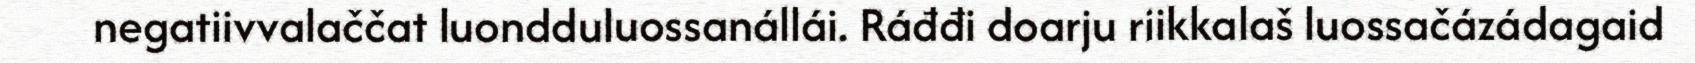
negatiivvalaččat luondduluossanállái. Ráđđi doarju riikkalaš luossačázádagaid